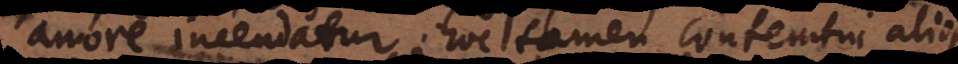
amore incendatur; hoc tamen contemtui aliorum